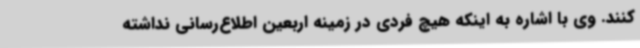
کنند. وی با اشاره به اینکه هیچ فردی در زمینه اربعین اطلاع‌رسانی نداشته